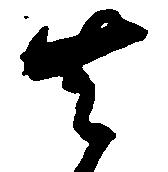
去